Vaccination in Burma 1920-1933 - 1920-1933
Year: 1920
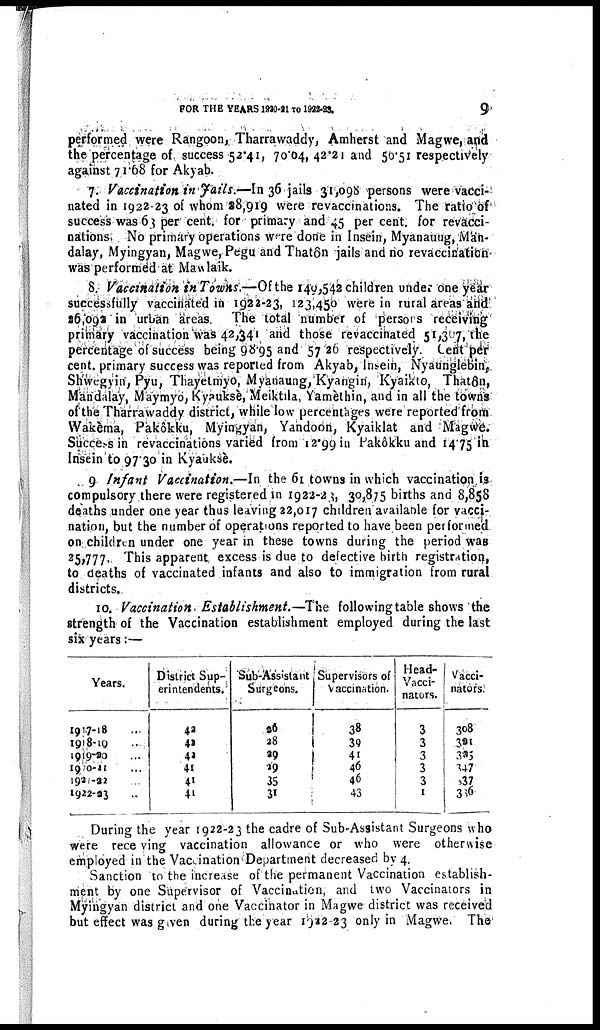
FOR THE YEARS 1920-21 TO
1922-23.
9
performed were Rangoon, Tharrawaddy, Amherst and Magwe, and
the percentage of success 52.41, 70.04, 42.21 and 56.51 respectively
against 71.68 for Akyab.
7. Vaccination in Jails.—In 36 jails 31,098 persons were vacci-
nated in 1922-23 of whom 28,919 were revaccinations. The ratio of
success was 63 per cent. for primary and 45 per cent. for revacci-
nations. No primary operations were done in Insein, Myanauug, Man¬
dalay, Myingyan, Magwe, Pegu and Thatôn jails and no revaccination
was performed at Mawlaik.
8. Vaccination in Towns.—Of the 149,542 children under one year
successfully vaccinated in 1922-23, 123,450 were in rural areas and
26,092 in urban areas. The total number of persons receiving
primary vaccination was 42,341 and those revaccinated 51,307, the
percentage of success being 98.95 and 57.26 respectively. Cent per
cent. primary success was reported from Akyab, Insein, Nyaungiebin,
Shwegyin, Pyu, Thayetmyo, Myanaung, Kyangin, Kyaikto, Thatôn,
Mandalay, Maymyo, Kypuksè, Meiktila, Yamèthin, and in all the towns
of'the Tharrawaddy district, while low percentages were reported from
Wakèma, Pakôkku, Myingyan, Yandoon, Kyaiklat and Magwe.
Success in revaccinations varied from 12.99 in Pakôkku and 14.75 in
Insein to 97.30 in Kyauksè.
9 Infant Vaccination.—In the 61 towns in which vaccination is
compulsory there were registered in 1922-23, 30,875 births and 8,858
deaths under one year thus leaving 22,017 children available for vacci-
nation, but the number of operations reported to have been performed
on children under one year in these towns during the period was
25,777. This apparent excess is due to defective birth registration,
to deaths of vaccinated infants and also to immigration from rural
districts.
10. Vaccination. Establishment.—-The following table shows the
strength of the Vaccination establishment employed during the last
six years:—
Years.
1917-18 ...
1918-19 ...
1919-20 ...
1920-21 ...
1921-22 ...
1922-23 ...
District Sup-
erintendents.
42
42
42
41
41
41
Sub-Assistant
Surgeons.
26
28
29
29
35
31
Supervisors of
Vaccination.
38
39
41 46
46
43
Head-
Vacci-
nators.
3
3
3
3
3
1
Vacci-
nators.
308
321
325
347
337
336
During the year 1922-23 the cadre of Sub-Assistant Surgeons who
were receving vaccination allowance or who were otherwise
employed in the Vaccination Department decreased by 4.
Sanction to the increase of the permanent Vaccination establish-
ment by one Supervisor of Vaccination, and two Vaccinators in
Myingyan district and one Vaccinator in Magwe district was received
but effect was given during the year 1922-23 only in Magwe. The